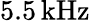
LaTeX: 5.5\, \textrm{kHz}